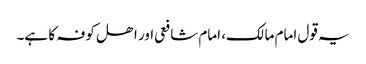
یہ قول امام مالک، امام شافعی اور اھل کوفہ کا ہے۔